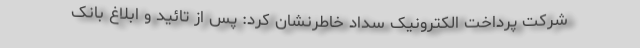
شرکت پرداخت الکترونیک سداد خاطرنشان کرد: پس از تائید و ابلاغ بانک